Annual report of the Bengal Veterinary College and of the Civil Veterinary Department, Bengal, for the year 1920-21 - 1920-1921
Year: 1920
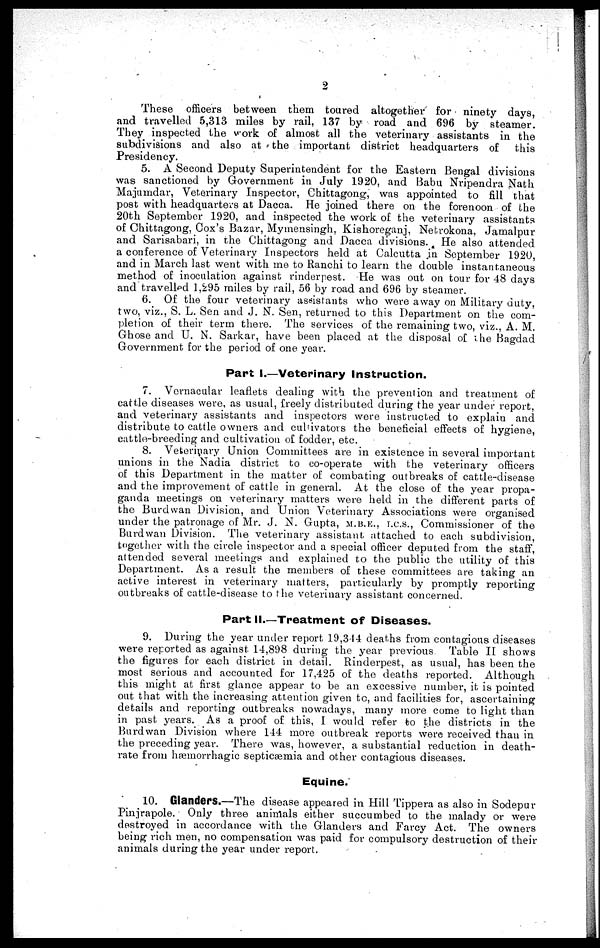
9
These officers between them toured altogether for ninety days,
and travelled 5,313 miles by rail, 137 by road and 696 by steamer.
They inspected the work of almost all the veterinary assistants in the
subdivisions and also at the important district headquarters of
this
Presidency.
5. A Second Deputy Superintendent for the Eastern Bengal divisions
was sanctioned by Government in July 1920, and Babu Nripendra Nath
Majumdar, Veterinary Inspector, Chittagong, was appointed to fill that
post with headquarters at Dacca. He joined there on the forenoon of the
20th September 1920, and inspected the work of the veterinary assistants
of Chittagong, Cox's Bazar, Mymensingh, Kishoreganj, Netrokona, Jamalpur
and Sarisabari, in the Chittagong and Dacca divisions. He also attended
a conference of Veterinary Inspectors held at Calcutta in September 1920,
and in March last went with me to Ranchi to learn the double instantaneous
method of inoculation against rinderpest. He was out on tour for 48 days
and travelled 1,295 miles by rail, 56 by road and 696 by steamer.
6. Of the four veterinary assistants who were away on Military duty,
two, viz., S. L. Sen and J. N. Sen, returned to this Department on the com-
pletion of their term there. The services of the remaining two, viz., A. M.
Ghose and U. N. Sarkar, have been placed at the disposal of the Bagdad
Government for the period of one year.
Part I.—Veterinary Instruction.
7. Vernacular leaflets dealing with the prevention and treatment of
cattle diseases were, as usual, freely distributed during the year under report,
and veterinary assistants and inspectors were instructed to explain and
distribute to cattle owners and cubivatovs the beneficial effects of hygiene,
cattle-breeding and cultivation of fodder, etc.
8. Veterinary Union Committees are in existence in several important
unions in the Nadia district to co-operate with the veterinary officers
of this Department in the matter of combating outbreaks of cattle-disease
and the improvement of cattle in general. At the close of the year propa-
ganda meetings on veterinary matters were held in the different parts of
the Burdwan Division, and Union Veterinary Associations were organised
under the patronage of Mr. J. N. Gupta, M.B.E., I.C.S., Commissioner of the
Burdwan Division. The veterinary assistant attached to each subdivision,
together with the circle inspector and a special officer deputed from the staff,
attended several meetings and explained to the public the utility of this
Department. As a result the members of these committees are taking an
active interest in veterinary matters, particularly by promptly reporting
outbreaks of cattle-disease to the veterinary assistant concerned.
Part II.—Treatment of Diseases.
9. During the year under report 19,3 14 deaths from contagious diseases
were reported as against 14,898 during the year previous
Table II shows
the figures for each district in detail. Rinderpest, as usual, has been the
most serious and accounted for 17,425 of the deaths reported. Although
this might at first glance appear to be an excessive number, it is pointed
out that with the increasing attention given tc, and facilities for, ascertaining
details and reporting outbreaks nowadays, many more come to light than
in past years. As a proof of this, I would refer to the districts in the
Burdwan Division where 144 more outbreak reports were received than in
the preceding year. There was, however, a substantial reduction in death-
rate from hæmorrhagic septicæmia and other contagious diseases.
Equine.
10. Glanders.—The disease appeared in Hill Tippera as also in Sodepur
Pinjrapole. Only three animals either succumbed to the malady or were
destroyed in accordance with the Glanders and Farcy Act. The owners
being rich men, no compensation was paid for compulsory destruction of their
animals during the year under report.